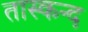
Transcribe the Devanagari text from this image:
तास्कन्द